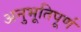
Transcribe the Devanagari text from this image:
अनुभूतिपूर्ण